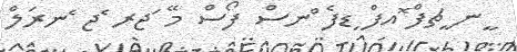
ީނ ީޗފް ޮއފް ިޑފެ ްނސް ފޯސް މޭ ަޖރ ެޖ ެނރަލް